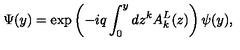
\Psi ( y ) = \exp \left( { - i q \int _ { 0 } ^ { y } { d z ^ { k } A _ { k } ^ { L } ( z ) } } \right) \psi ( y ) ,